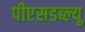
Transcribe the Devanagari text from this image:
पीएसडब्ल्यू